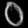
Digit: ၀